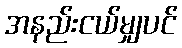
အနည်းငယ်မျှပင်